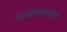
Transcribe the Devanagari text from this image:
सजधजकर